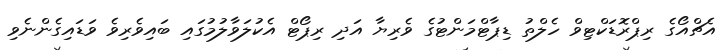
އެޗްއޯގެ ރިޕްރޮޑަކްޓިވް ހެލްތު ޑިޕާޓްމަންޓުގެ ވެރިޔާ އަދި ރިޕޯޓް އެކުލަވާލުމުގައި ބައިވެރިވެ ވަޑައިގެންނެވި